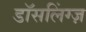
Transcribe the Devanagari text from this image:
डॉसलिंग्ज़